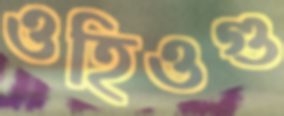
ওহিওগু